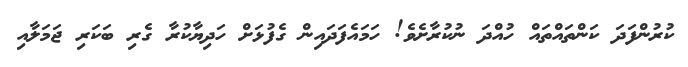
ކުރުންފަދަ ކަންތައްތައް ހުއްދަ ނުކުރާށެވެ! ހަމައެފަދައިން ގެފުޅަށް ހަދިޔާކުރާ ގެރި ބަކަރި ޖަމަލާއި